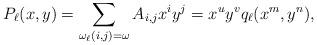
LaTeX: \begin{align*}P_\ell(x,y)=\sum_{\omega_\ell(i,j)=\omega} A_{i,j} x^i y^j=x^u y^v q_\ell(x^m,y^n),\end{align*}